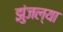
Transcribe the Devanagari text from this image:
झुंजल्या